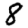
Digit: 8